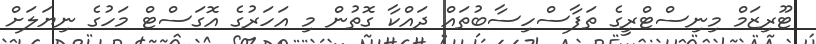
ޓޫރިޒަމް މިނިސްޓްރީގެ ތަފާސްހިސާބުތައް ދައްކާ ގޮތުން މި އަހަރުގެ އޮގަސްޓް މަހުގެ ނިޔަލަށް